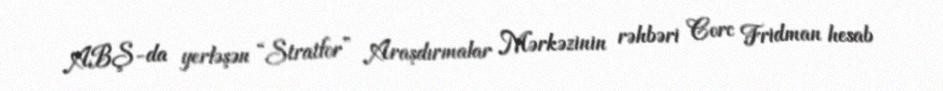
ABŞ-da yerləşən “Stratfor” Araşdırmalar Mərkəzinin rəhbəri Corc Fridman hesab